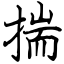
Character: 揣